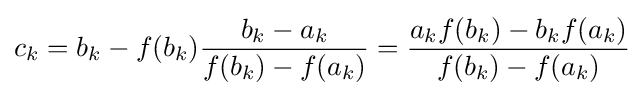
c_{k}=b_{k}-f(b_{k}){\frac {b_{k}-a_{k}}{f(b_{k})-f(a_{k})}}={\frac {a_{k}f(b_{k})-b_{k}f(a_{k})}{f(b_{k})-f(a_{k})}}